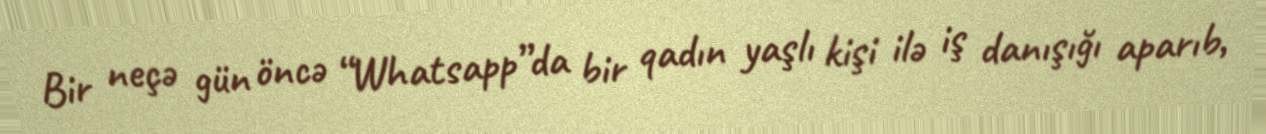
Bir neçə gün öncə “Whatsapp”da bir qadın yaşlı kişi ilə iş danışığı aparıb,